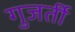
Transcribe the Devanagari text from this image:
गुजर्ती